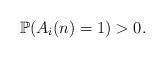
LaTeX: \begin{align*}\mathbb{P}(A_i(n) = 1) > 0.\end{align*}